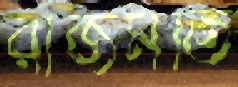
রাজমতি